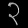
Digit: ၃